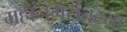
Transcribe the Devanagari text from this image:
महानगरांतल्या